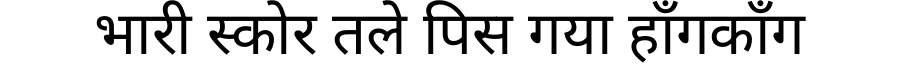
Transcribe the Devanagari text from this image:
भारी स्कोर तले पिस गया हॉंगकॉंग